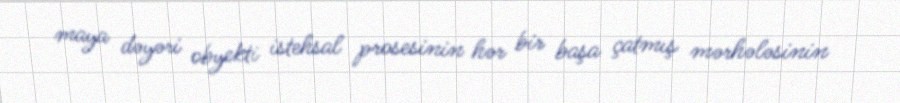
maya dəyəri obyekti istehsal prosesinin hər bir başa çatmış mərhələsinin